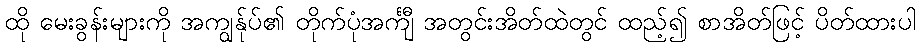
ထို မေးခွန်းများကို အကျွန်ုပ်၏ တိုက်ပုံအင်္ကျီ အတွင်းအိတ်ထဲတွင် ထည့်၍ စာအိတ်ဖြင့် ပိတ်ထားပါ